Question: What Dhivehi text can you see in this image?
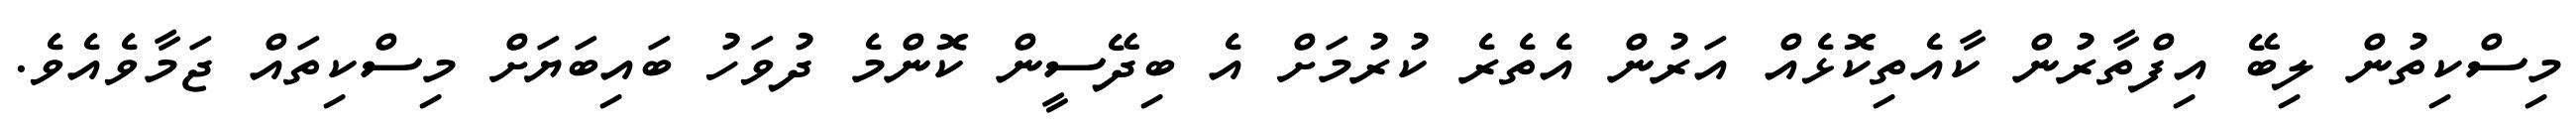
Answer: މިސްކިތުން ލިބޭ އިފްތާރުން ކާއެތިކޮޅެއް އަރުން އެތެރެ ކުރުމަށް އެ ބިދޭސީން ކޮންމެ ދުވަހު ބައިބަޔަށް މިސްކިތައް ޖަމާވެއެވެ.